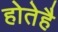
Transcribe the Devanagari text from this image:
होतेहै